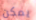
يمكن